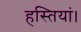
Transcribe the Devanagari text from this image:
हस्तियां।